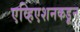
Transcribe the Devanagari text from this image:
एव्हिएशनकडून